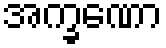
အက္ခဏော